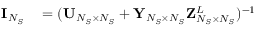
\begin{array} { r l } { { \bf { I } } _ { N _ { S } } } & { { } = ( { \bf { U } } _ { N _ { S } \times N _ { S } } + { \bf { Y } } _ { N _ { S } \times N _ { S } } { \bf { Z } } _ { N _ { S } \times N _ { S } } ^ { L } ) ^ { - 1 } } \end{array}